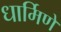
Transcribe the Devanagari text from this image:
धार्मिणे